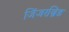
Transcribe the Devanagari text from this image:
जिंजरब्रिड